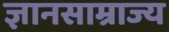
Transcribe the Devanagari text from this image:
ज्ञानसाम्राज्य